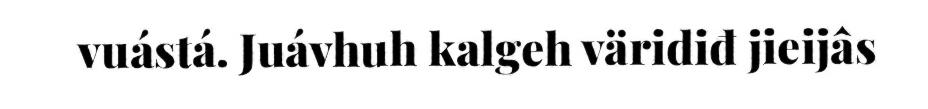
vuástá. Juávhuh kalgeh väridiđ jieijâs